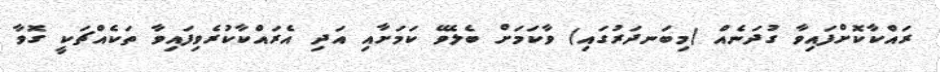
ރައްކާކޮށްފައިވާ ގުދަނެއް (މިބަނދަރުގައި) ވާކަމަށް ބެލެވޭ ކަމަށާއި އަދި އެރައްކާކުރެވިފައިވާ ތަކެއްޗަކީ ގޮވާ